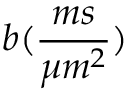
b ( \frac { m s } { \mu m ^ { 2 } } )